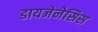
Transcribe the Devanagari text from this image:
डायजेनेसिस